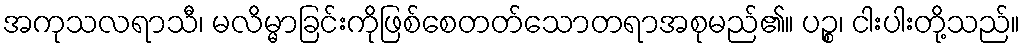
အကုသလရာသီ၊ မလိမ္မာခြင်းကိုဖြစ်စေတတ်သောတရာအစုမည်၏။ ပဉ္စ၊ ငါးပါးတို့သည်။